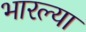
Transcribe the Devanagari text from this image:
भारल्या